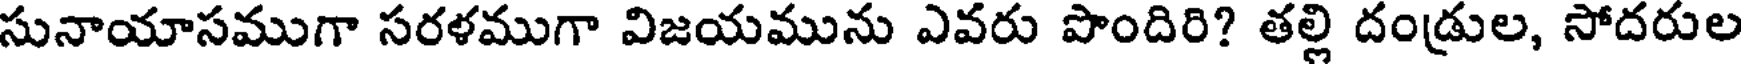
సునాయాసముగా సరళముగా విజయమును ఎవరు పొందిరి? తల్లి దండ్రుల, సోదరుల